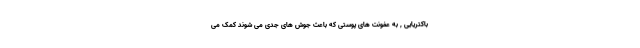
باکتریایی , به عفونت های پوستی که باعث جوش های جدی می شوند کمک می